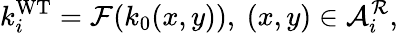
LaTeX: {k_{i}^{\mathrm{WT}}}=\mathcal{F}(k_{0}(x,y)),~(x,y)\in\mathcal{A}_{i}^{\mathcal{R}},